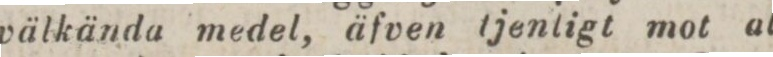
välkända medel, äfven tjentigt mot all